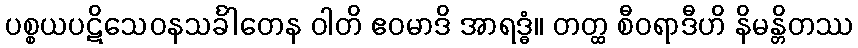
ပစ္စယပဋိသေဝနသင်္ခါတေန ဝါတိ ဧဝမာဒိ အာရဒ္ဓံ။ တတ္ထ စီဝရာဒီဟိ နိမန္တိတဿ